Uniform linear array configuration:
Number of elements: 16
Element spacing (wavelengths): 0.5
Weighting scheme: uniform
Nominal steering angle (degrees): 45
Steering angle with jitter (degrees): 45.515
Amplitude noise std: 0.05
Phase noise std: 0.05

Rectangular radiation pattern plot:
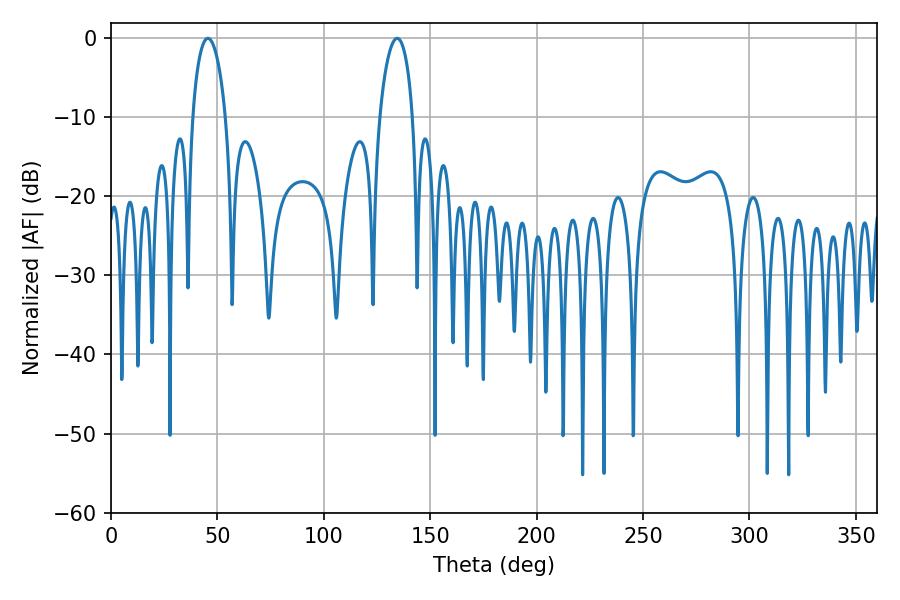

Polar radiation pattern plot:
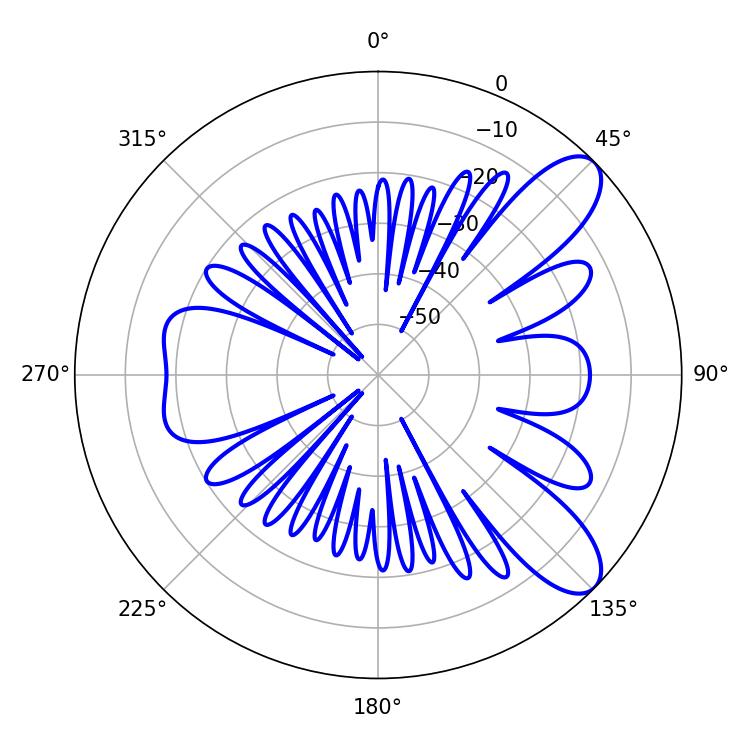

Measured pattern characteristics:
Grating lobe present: FALSE
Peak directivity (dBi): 9.217
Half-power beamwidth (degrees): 9
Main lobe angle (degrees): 45.54